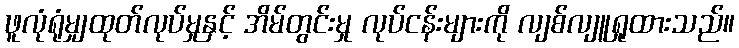
ဖူလုံရုံမျှထုတ်လုပ်မှုနှင့် အိမ်တွင်းမှု လုပ်ငန်းများကို လျစ်လျူရှုထားသည်။